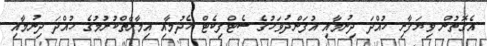
އެގޮތުން ވިޔަފާރި ހުއްދަ ދިނުމާއި އުފަންދުވަހުގެ ސެޓްފިކެޓް ހެދުމާއި އިމާރާތްކުރުމުގެ ހުއްދަ ދިނުމާއި